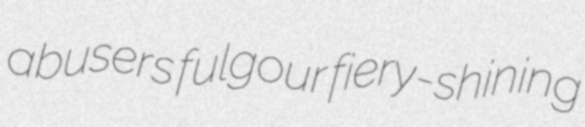
abusers fulgour fiery-shining